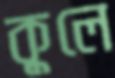
কুলে